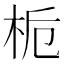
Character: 栀